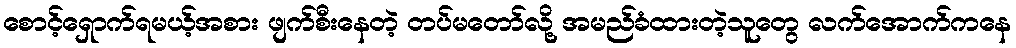
စောင့်ရှောက်ရမယ့်အစား ဖျက်စီးနေတဲ့ တပ်မတော်လို့ အမည်ခံထားတဲ့သူတွေ လက်အောက်ကနေ